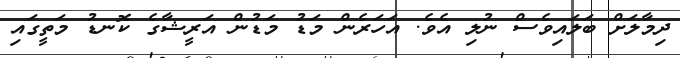
ދިމާލަށް ބަލައިވެސް ނުލި އެވެ. އަހަރެން މަޑު މަޑުން އަރީޝާގެ ކޮނޑު މަތީގައި